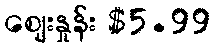
ဈေးနှုန်း $5.99